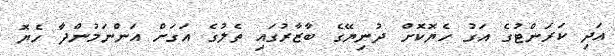
އަދި ކަރަންޓުގެ އަގު ހެޔޮކޮށް ދުނިޔޭގެ ބާޒާރުގައި ތެލުގެ އަގަށް އަންނަމުންދާ ހެޔޮ